Madras plague regulations in force outside the Presidency town - Volume 2
Disease focus: Plague
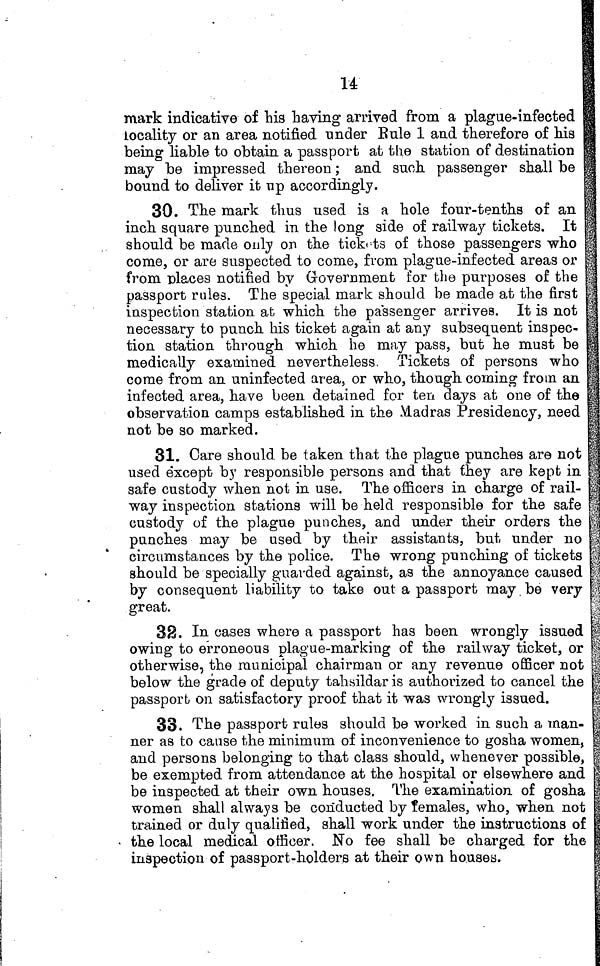
U
mark indicative of his having arrived from a plague-infected
locality or an area notified under Rule l and therefore of his
being liable to obtain a passport at the station of destination
may be impressed thereon ; and such passenger shall be
bound to deliver it up accordingly.
30. The mark thus used is a hole four-tenths of an
inch square punched in the long side of railway tickets. It
should be made only on the tickets of those passengers who
come, or are suspected to come, from plague-infected areas or
from places notified by Government for the purposes of the
passport rules. The special mark should be made at the first
inspection station at which the passenger arrives. It is not
necessary to punch his ticket again at any subsequent inspec-
tion station through which he may pass, but he must be
medically examined nevertheless. Tickets of persons who
come from an uninfected area, or who, though coming from an
infected area, have been detained for ten days at one of the
observation camps established in the Madras Presidency, need
not be so marked.
31. Care should be taken that the plague punches are not
used except by responsible persons and that they are kept in
safe custody when not in use. The officers in charge of rail-
way inspection stations will be held responsible for the safe
custody of the plague punches, and under their orders the
punches may be used by their assistants, but under no
circumstances by the police. The wrong punching of tickets
should be specially guarded against, as the annoyance caused
by consequent liability to take out a passport may be very
great.
32. In cases where a passport has been wrongly issued
owing to erroneous plague-marking of the railway ticket, or
otherwise, the municipal chairman or any revenue officer not
below the grade of deputy tahsildar is authorized to cancel the
passport on satisfactory proof that it was wrongly issued.
33. The passport rules should be worked in such a man-
ner as to cause the minimum of inconvenience to gosha women,
and persons belonging to that class should, whenever possible,
be exempted from attendance at the hospital or elsewhere and
be inspected at their own houses. The examination of gosha
women shall always be conducted by females, who, when not
trained or duly qualified, shall work under the instructions of
the local medical officer. No fee shall be charged for the
inspection of passport-holders at their own houses.